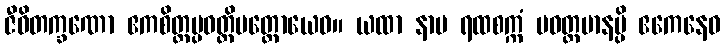
ဇီဝိတက္ခဏော ဧကစိတ္တပ္ပဝတ္တိမတ္တောယေဝ။ ယထာ နာမ ရထစက္ကံ ပဝတ္တမာနမ္ပိ ဧကေနေဝ